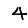
Digit: 4